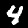
Label: 4